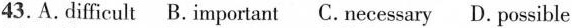
43.A.Difficult B.Important C. Necessary D. Possible